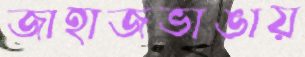
জাহাজভাঙায়